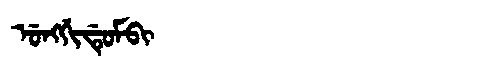
Manchu: ᡠᠩᡤᡳᡩᡠᠮᠪᡳ
Romanization: UNGGIDUMBI